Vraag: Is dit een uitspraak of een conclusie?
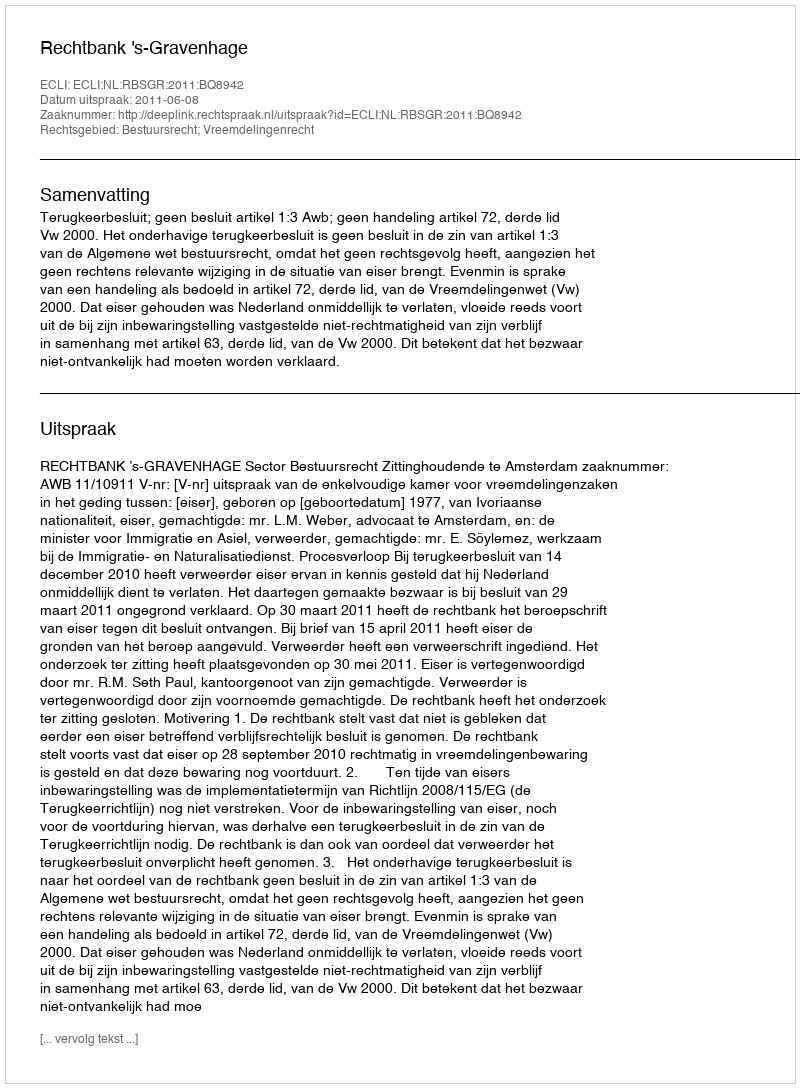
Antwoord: Uitspraak